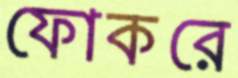
ফোকরে